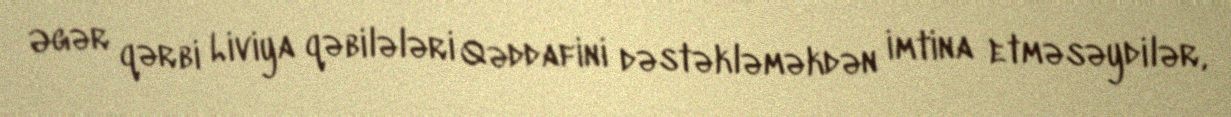
Əgər qərbi Liviya qəbilələri Qəddafini dəstəkləməkdən imtina etməsəydilər,